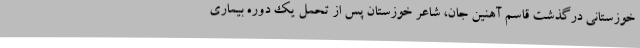
خوزستانی درگذشت قاسم آهنین جان، شاعر خوزستان پس از تحمل یک دوره بیماری